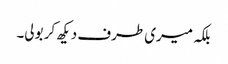
بلکہ میری طرف دیکھ کر بولی۔